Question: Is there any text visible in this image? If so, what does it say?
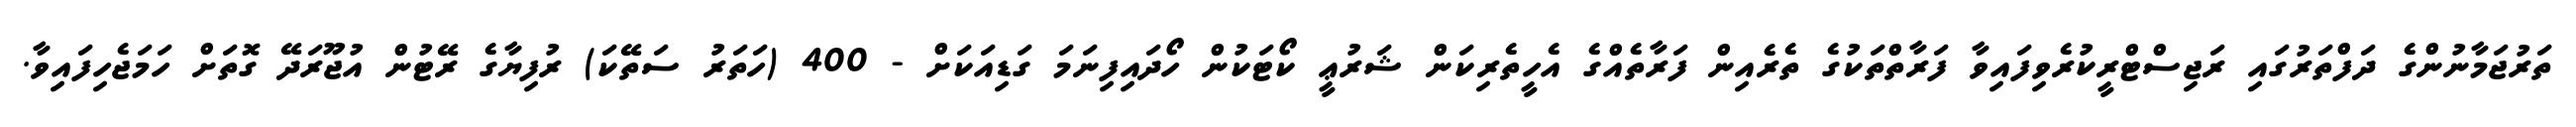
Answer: ތަރުޖަމާނުންގެ ދަފްތަރުގައި ރަޖިސްޓްރީކުރެވިފައިވާ ފަރާތްތަކުގެ ތެރެއިން ފަރާތެއްގެ އެހީތެރިކަން ޝަރުޢީ ކޯޓަކުން ހޯދައިފިނަމަ ގަޑިއަކަށް - 400 (ހަތަރު ސަތޭކަ) ރުފިޔާގެ ރޭޓުން އުޖޫރަދޭ ގޮތަށް ހަމަޖެހިފައިވާ.